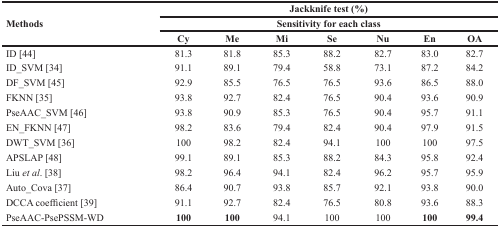
<table><thead><tr><td rowspan="3"><b>Methods</b></td><td colspan="7"><b>Jackknife test (%)</b></td></tr><tr><td colspan="7"><b>Sensitivity for each class</b></td></tr><tr><td><b>Cy</b></td><td><b>Me</b></td><td><b>Mi</b></td><td><b>Se</b></td><td><b>Nu</b></td><td><b>En</b></td><td><b>OA</b></td></tr></thead><tbody><tr><td>ID [44]</td><td>81.3</td><td>81.8</td><td>85.3</td><td>88.2</td><td>82.7</td><td>83.0</td><td>82.7</td></tr><tr><td>ID_SVM [34]</td><td>91.1</td><td>89.1</td><td>79.4</td><td>58.8</td><td>73.1</td><td>87.2</td><td>84.2</td></tr><tr><td>DF_SVM [45]</td><td>92.9</td><td>85.5</td><td>76.5</td><td>76.5</td><td>93.6</td><td>86.5</td><td>88.0</td></tr><tr><td>FKNN [35]</td><td>93.8</td><td>92.7</td><td>82.4</td><td>76.5</td><td>90.4</td><td>93.6</td><td>90.9</td></tr><tr><td>PseAAC_SVM [46]</td><td>93.8</td><td>90.9</td><td>85.3</td><td>76.5</td><td>90.4</td><td>95.7</td><td>91.1</td></tr><tr><td>EN_FKNN [47]</td><td>98.2</td><td>83.6</td><td>79.4</td><td>82.4</td><td>90.4</td><td>97.9</td><td>91.5</td></tr><tr><td>DWT_SVM [36]</td><td>100</td><td>98.2</td><td>82.4</td><td>94.1</td><td>100</td><td>100</td><td>97.5</td></tr><tr><td>APSLAP [48]</td><td>99.1</td><td>89.1</td><td>85.3</td><td>88.2</td><td>84.3</td><td>95.8</td><td>92.4</td></tr><tr><td>Liu <i>et al</i>. [38]</td><td>98.2</td><td>96.4</td><td>94.1</td><td>82.4</td><td>96.2</td><td>95.7</td><td>95.9</td></tr><tr><td>Auto_Cova [37]</td><td>86.4</td><td>90.7</td><td>93.8</td><td>85.7</td><td>92.1</td><td>93.8</td><td>90.0</td></tr><tr><td>DCCA coefficient [39]</td><td>91.1</td><td>92.7</td><td>82.4</td><td>76.5</td><td>80.8</td><td>93.6</td><td>88.3</td></tr><tr><td>PseAAC-PsePSSM-WD</td><td><b>100</b></td><td><b>100</b></td><td>94.1</td><td>100</td><td>100</td><td><b>100</b></td><td><b>99.4</b></td></tr></tbody></table>